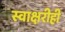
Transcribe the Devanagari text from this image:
स्वाक्षरीही